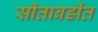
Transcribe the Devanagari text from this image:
सीताबर्डीत